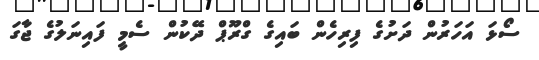
ސޯޅަ އަހަރުން ދަށުގެ ފިރިހެން ބައިގެ ގްރޫޕް ދޭކުން ސެމީ ފައިނަލުގެ ޖާގަ